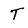
Character: T